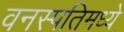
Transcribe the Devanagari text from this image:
वनस्पतिमध्ये